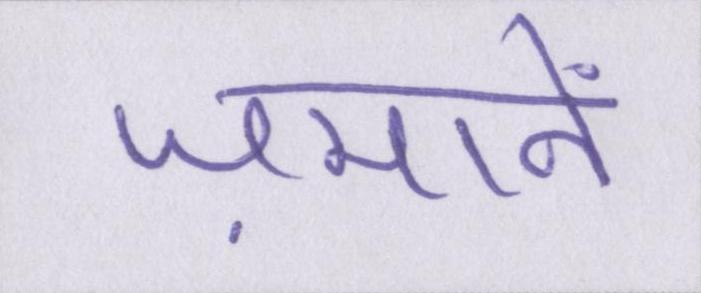
ज़मानें